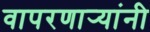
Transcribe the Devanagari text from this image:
वापरणार्‍यांनी